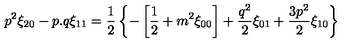
p ^ { 2 } \xi _ { 2 0 } - p . q \xi _ { 1 1 } = { \frac { 1 } { 2 } } \left\{ - \left[ { \frac { 1 } { 2 } } + m ^ { 2 } \xi _ { 0 0 } \right] + { \frac { q ^ { 2 } } { 2 } } \xi _ { 0 1 } + { \frac { 3 p ^ { 2 } } { 2 } } \xi _ { 1 0 } \right\}